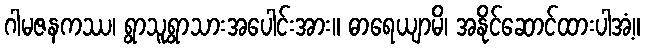
ဂါမဇနကဿ၊ ရွာသူရွာသားအပေါင်းအား။ ဓာရေယျာမိ၊ အနိုင်ဆောင်ထားပါအံ့။